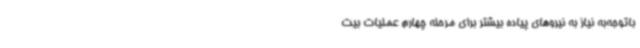
باتوجه‌به نیاز به نیروهای پیاده بیشتر برای مرحله چهارم عملیات بیت